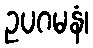
ဥပဂမနံ၊